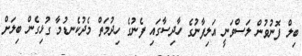
ބިލް ފޮނުވުން ލަސްވަނީ އަލިފާނުގެ ހާދިސާގައި ފެނުގެ ހިދުމަތް މެދުކެނޑުމާ ގުޅިގެން ބިލަށް